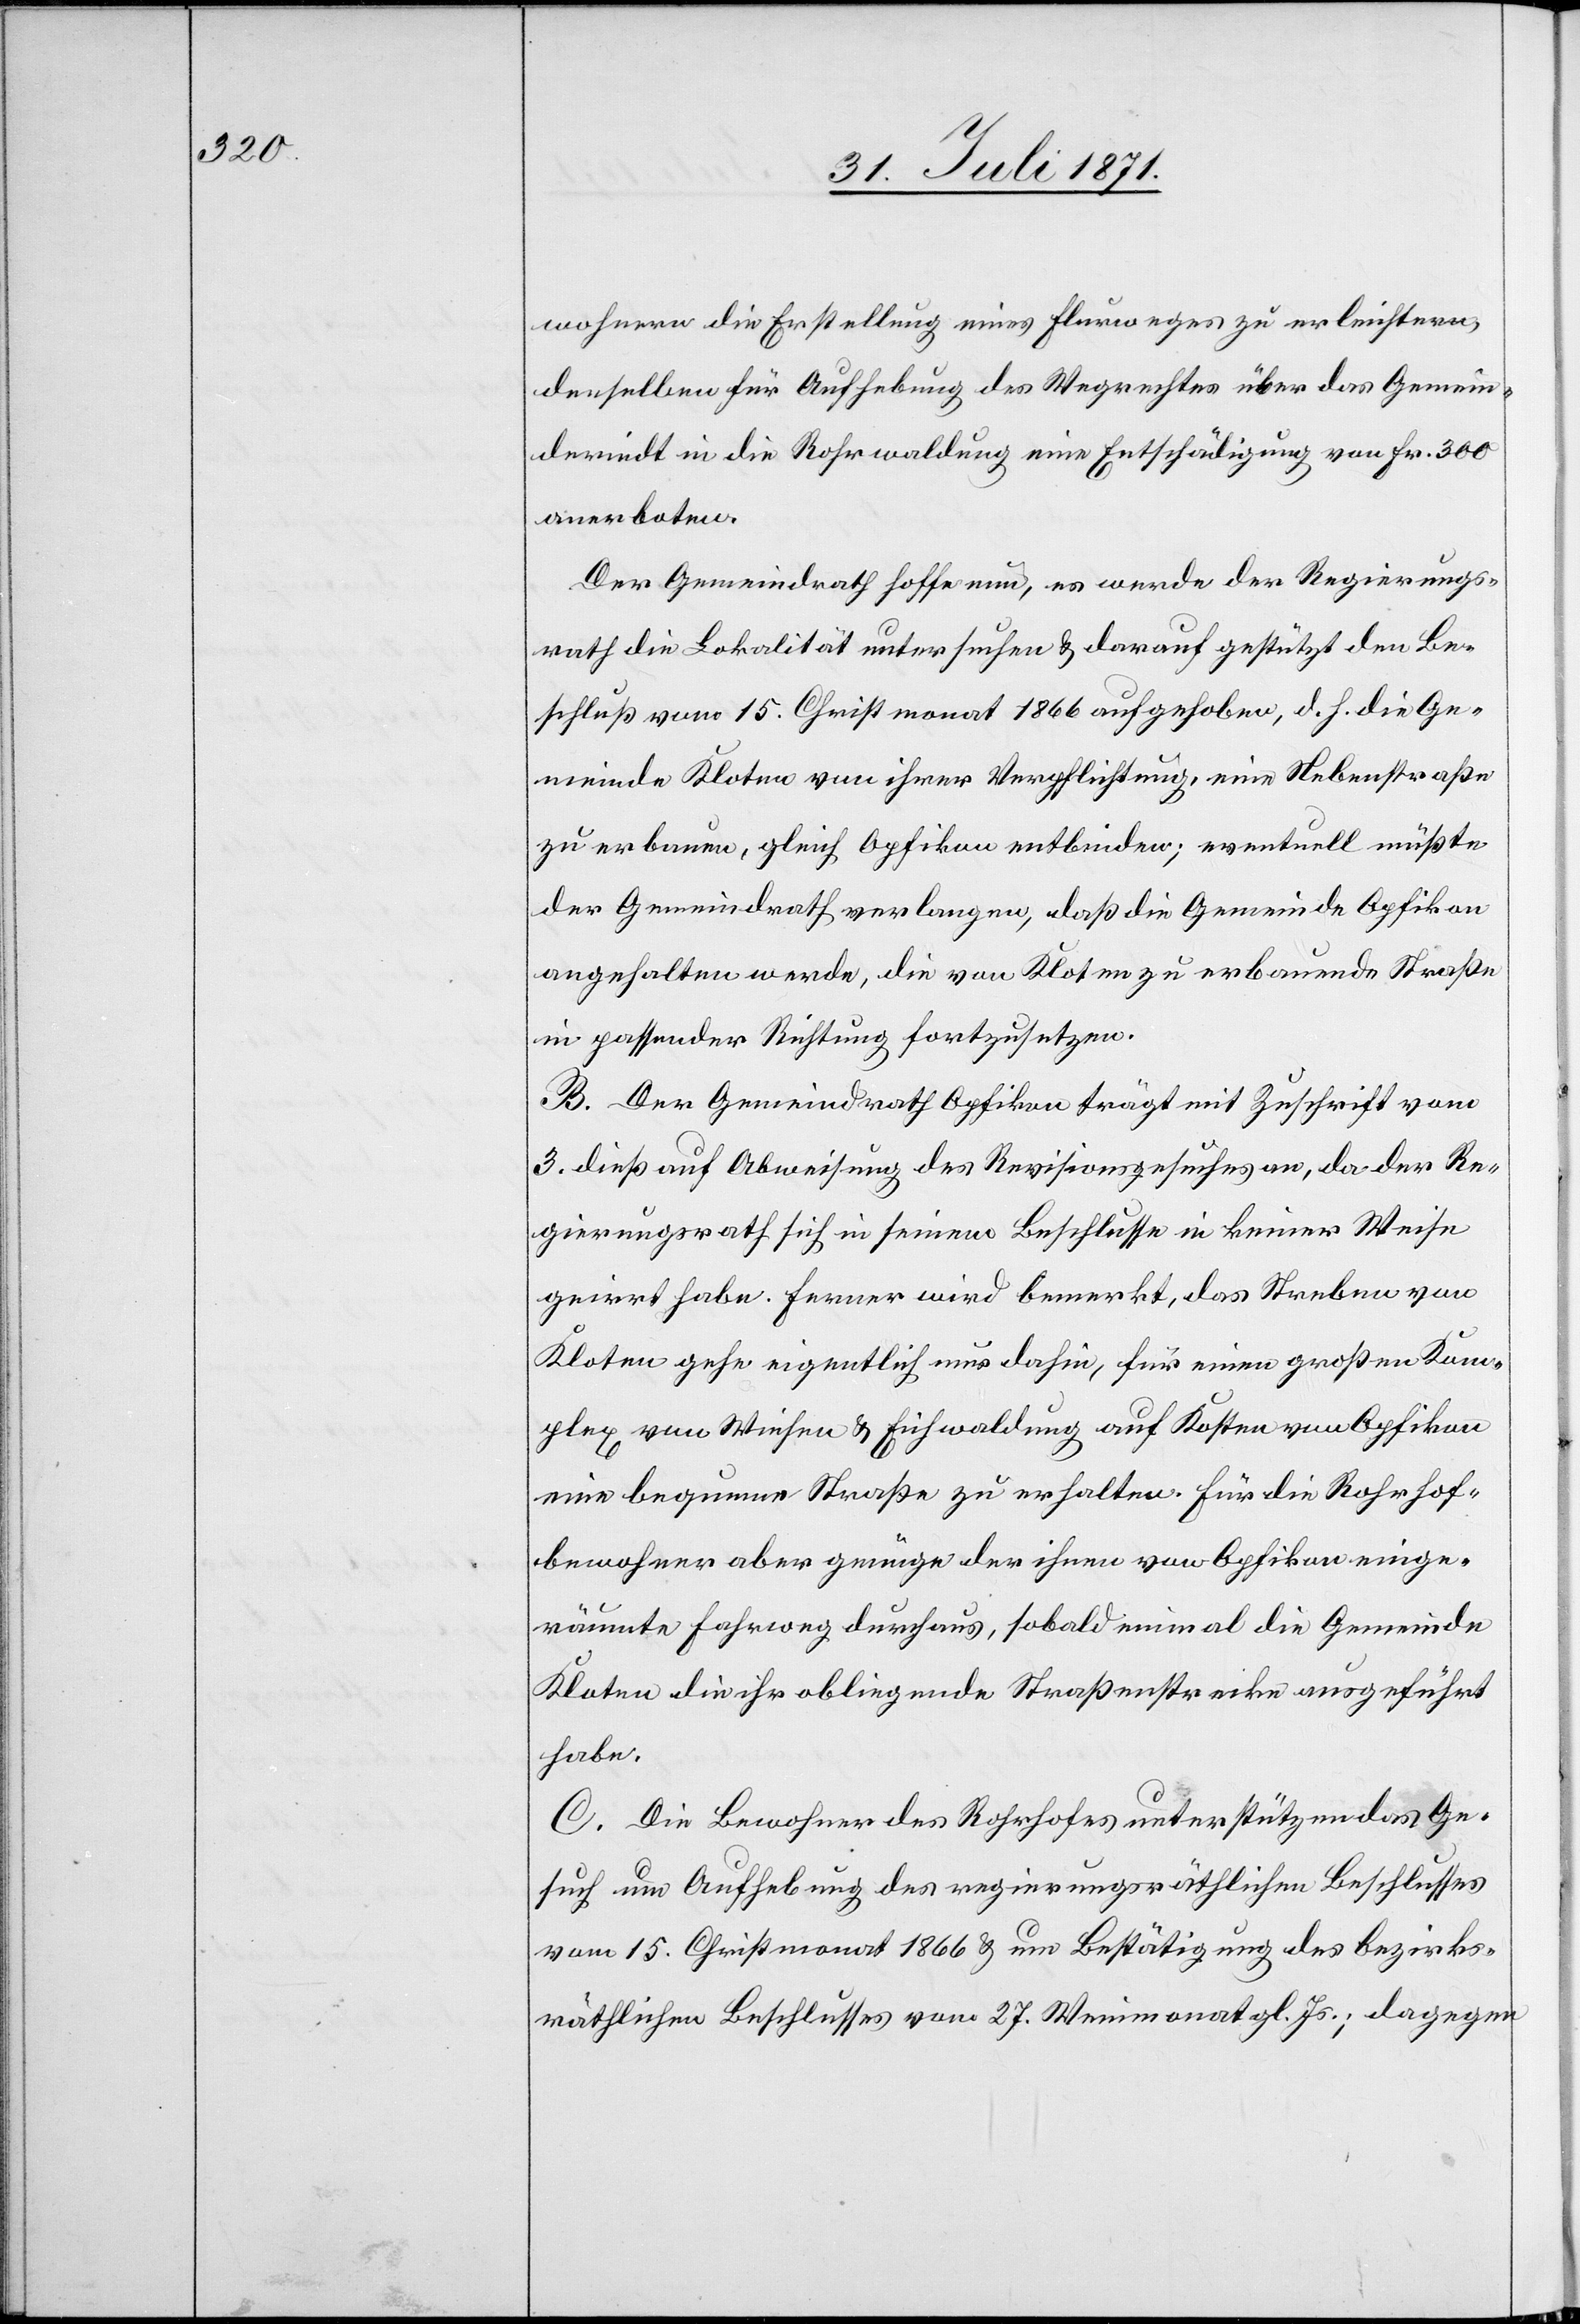
wohnern die Erstellung eines Flurweges zu erleichtern,
denselben für Aufhebung des Wegrechtes über das Gemein¬
deriedt in die Rohrwaldung eine Entschädigung von Fr. 300
anerboten.
Der Gemeindrath hoffe nun, es werde der Regierungs¬
rath die Lokalität untersuchen u. darauf gestützt den Be¬
schluß vom 15. Christmonat 1866 aufgehoben, d. h. die Ge¬
meinde Kloten von ihrer Verpflichtung, eine Nebenstraße
zu erbauen, gleich Opfikon entbinden; eventuell müßte
der Gemeindrath verlangen, daß die Gemeinde Opfikon
angehalten werde, die von Kloten zu erbauende Straße
in passender Richtung fortzusetzen.
B. Der Gemeindrath Opfikon trägt mit Zuschrift vom
3. dieß auf Abweisung des Revisionsgesuches an, da der Re¬
gierungsrath sich in seinem Beschlusse in keiner Weise
geirrt habe. Ferner wird bemerkt, das Streben von
Kloten gehe eigentlich nur dahin, für einen großen Kom¬
plex von Wiesen u. Eichwaldung auf Kosten von Opfikon
eine bequeme Straße zu erhalten. Für die Rohrhof¬
bewohner aber genüge der ihnen von Opfikon einge¬
räumte Fahrweg durchaus, sobald einmal die Gemeinde
Kloten die ihr obliegende Straßenstrecke ausgeführt
habe.
C. Die Bewohner des Rohrhofes unterstützen das Ge¬
such um Aufhebung des regierungsräthlichen Beschlusses
vom 15. Christmonat 1866 u. um Bestätigung des bezirks¬
räthlichen Beschlusses vom 27. Weinmonat gl. Js.; dagegen